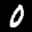
Label: 0